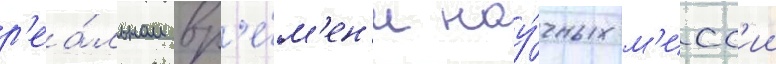
р'еа́льном вр'е́м'ен'и нау́чных м'исс'ии